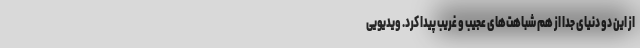
از این دو دنیای جدا از هم شباهت‌های عجیب و غریب پیدا کرد. ویدیویی